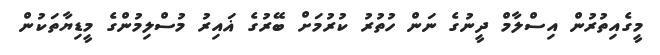
މީގެއިތުރުން އިސްލާމް ދީނުގެ ނަން ހުތުުރު ކުރުމަށް ބޭރުގެ ޣައިރު މުސްލިމުންގެ މީޑިޔާތަކުން